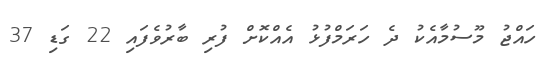
ހައްޖު މޫސުމާއެކު ދެ ހަރަމްފުޅު އެއްކޮށް ފުރި ބާރުވެފައި 22 ގަޑި 37